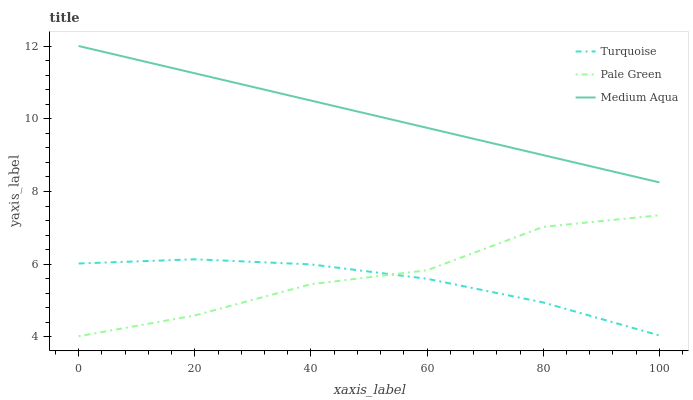
| xaxis_label | Turquoise | Pale Green | Medium Aqua |
 | --- | --- | --- | --- |
 | 0 | 6.02 | 4.02 | 12 |
 | 20 | 6.13 | 4.59 | 11.2 |
 | 40 | 5.99 | 5.45 | 10.5 |
 | 60 | 5.6 | 5.83 | 9.75 |
 | 80 | 4.95 | 7.03 | 9 |
 | 100 | 4.04 | 7.35 | 8.25 |